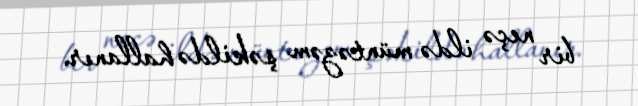
bir neçə ildə müntəzəm şəkildə hallanır.